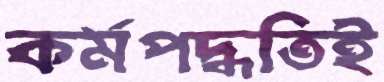
কর্মপদ্ধতিই